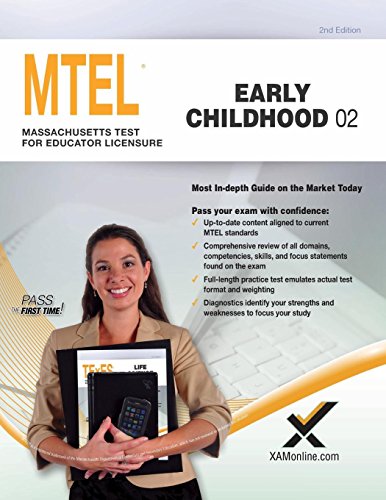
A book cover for MTEL Early Childhood 02; Sharon A Wynne; Test Preparation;